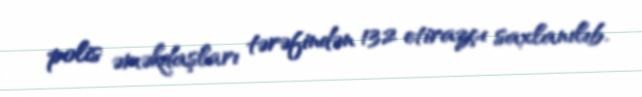
polis əməkdaşları tərəfindən 132 etirazçı saxlanılıb.